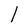
Character: 1